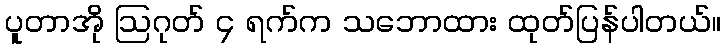
ပူတာအို ဩဂုတ် ၄ ရက်က သဘောထား ထုတ်ပြန်ပါတယ်။